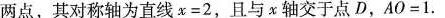
两点，其对称轴为直线x=2，且与x轴交于点D，AO^{1}=1.